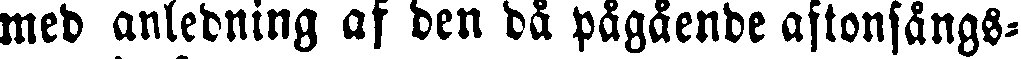
med anledning af den då pågående aftonsångs-